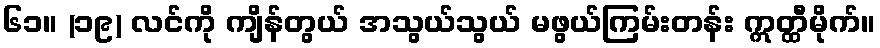
၆၁။ (၁၉) လင်ကို ကျိန်တွယ် အသွယ်သွယ် မဖွယ်ကြမ်းတန်း ဣတ္ထီမိုက်။